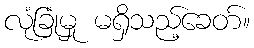
လုံခြုံမှု မရှိသည့်ခေတ်။